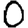
Digit: 0